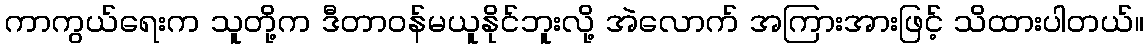
ကာကွယ်ရေးက သူတို့က ဒီတာဝန်မယူနိုင်ဘူးလို့ အဲလောက် အကြားအားဖြင့် သိထားပါတယ်။